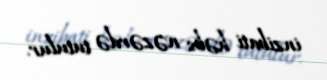
inzibati həbs nəzərdə tutulur.